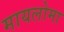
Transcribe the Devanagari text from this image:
मायलोमा